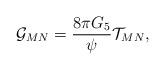
LaTeX: \begin{align*}{\cal G}_{MN}={{8\pi G_5}\over\psi}{\cal T}_{MN},\end{align*}